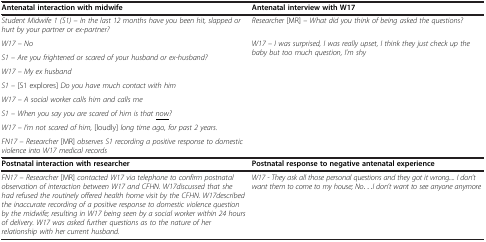
<table><thead><tr><td><b>Antenatal interaction with midwife</b></td><td><b>Antenatal interview with W17</b></td></tr></thead><tbody><tr><td><i>Student Midwife 1 (S1) – In the last 12 months have you been hit, slapped or hurt by your partner or ex-partner?</i></td><td><i>Researcher</i> [MR] <i>– What did you think of being asked the questions?</i></td></tr><tr><td><i>W17 – No</i></td><td><i>W17 – I was surprised, I was really upset, I think they just check up the baby but too much question, I’m shy</i></td></tr><tr><td><i>S1 – Are you frightened or scared of your husband or ex-husband?</i></td><td> </td></tr><tr><td><i>W17 – My ex husband</i></td><td> </td></tr><tr><td><i>S1 –</i> [S1 explores] <i>Do you have much contact with him</i></td><td> </td></tr><tr><td><i>W17 – A social worker calls him and calls me</i></td><td> </td></tr><tr><td><i>S1 – When you say you are scared of him is that </i><i><underline>now</underline></i><i>?</i></td><td> </td></tr><tr><td><i>W17 – I’m not scared of him,</i> [loudly] <i>long time ago, for past 2 years.</i></td><td> </td></tr><tr><td><i>FN17 – Researcher</i> [MR] <i>observes S1 recording a positive response to domestic violence into W17 medical records</i></td><td> </td></tr><tr><td><b>Postnatal interaction with researcher</b></td><td><b>Postnatal response to negative antenatal experience</b></td></tr><tr><td><i>FN17 – Researcher</i> [MR] <i>contacted W17 via telephone to confirm postnatal observation of interaction between W17 and CFHN. W17discussed that she had refused the routinely offered health home visit by the CFHN. W17described the inaccurate recording of a positive response to domestic violence question by the midwife; resulting in W17 being seen by a social worker within 24 hours of delivery. W17 was asked further questions as to the nature of her relationship with her current husband.</i></td><td><i>W17 - They ask all those personal questions and they got it wrong.... I don’t want them to come to my house; No...I don’t want to see anyone anymore</i></td></tr></tbody></table>